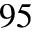
^ { 9 5 }